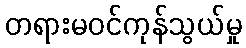
တရားမဝင်ကုန်သွယ်မှု